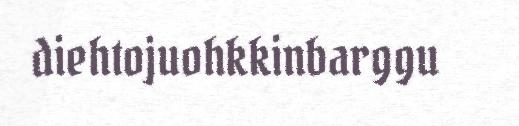
diehtojuohkkinbarggu